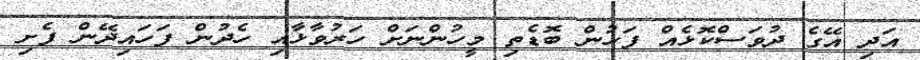
އަދި އޭގެ ދުވަސްކޮޅެއް ފަހުން ބޮޑެތި މީހުންނަށް ހަރުވާޅާއި ހެދުން ފަހައިދޭން ފެށި